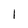
Character: l